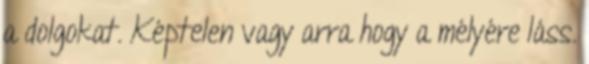
a dolgokat. Képtelen vagy arra hogy a mélyére láss.